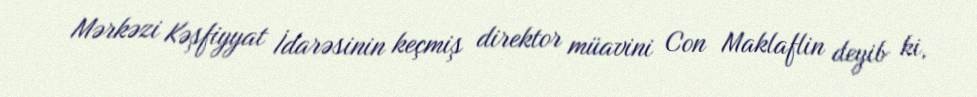
Mərkəzi Kəşfiyyat İdarəsinin keçmiş direktor müavini Con Maklaflin deyib ki,